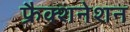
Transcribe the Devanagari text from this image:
फ्रैक्शनेशन